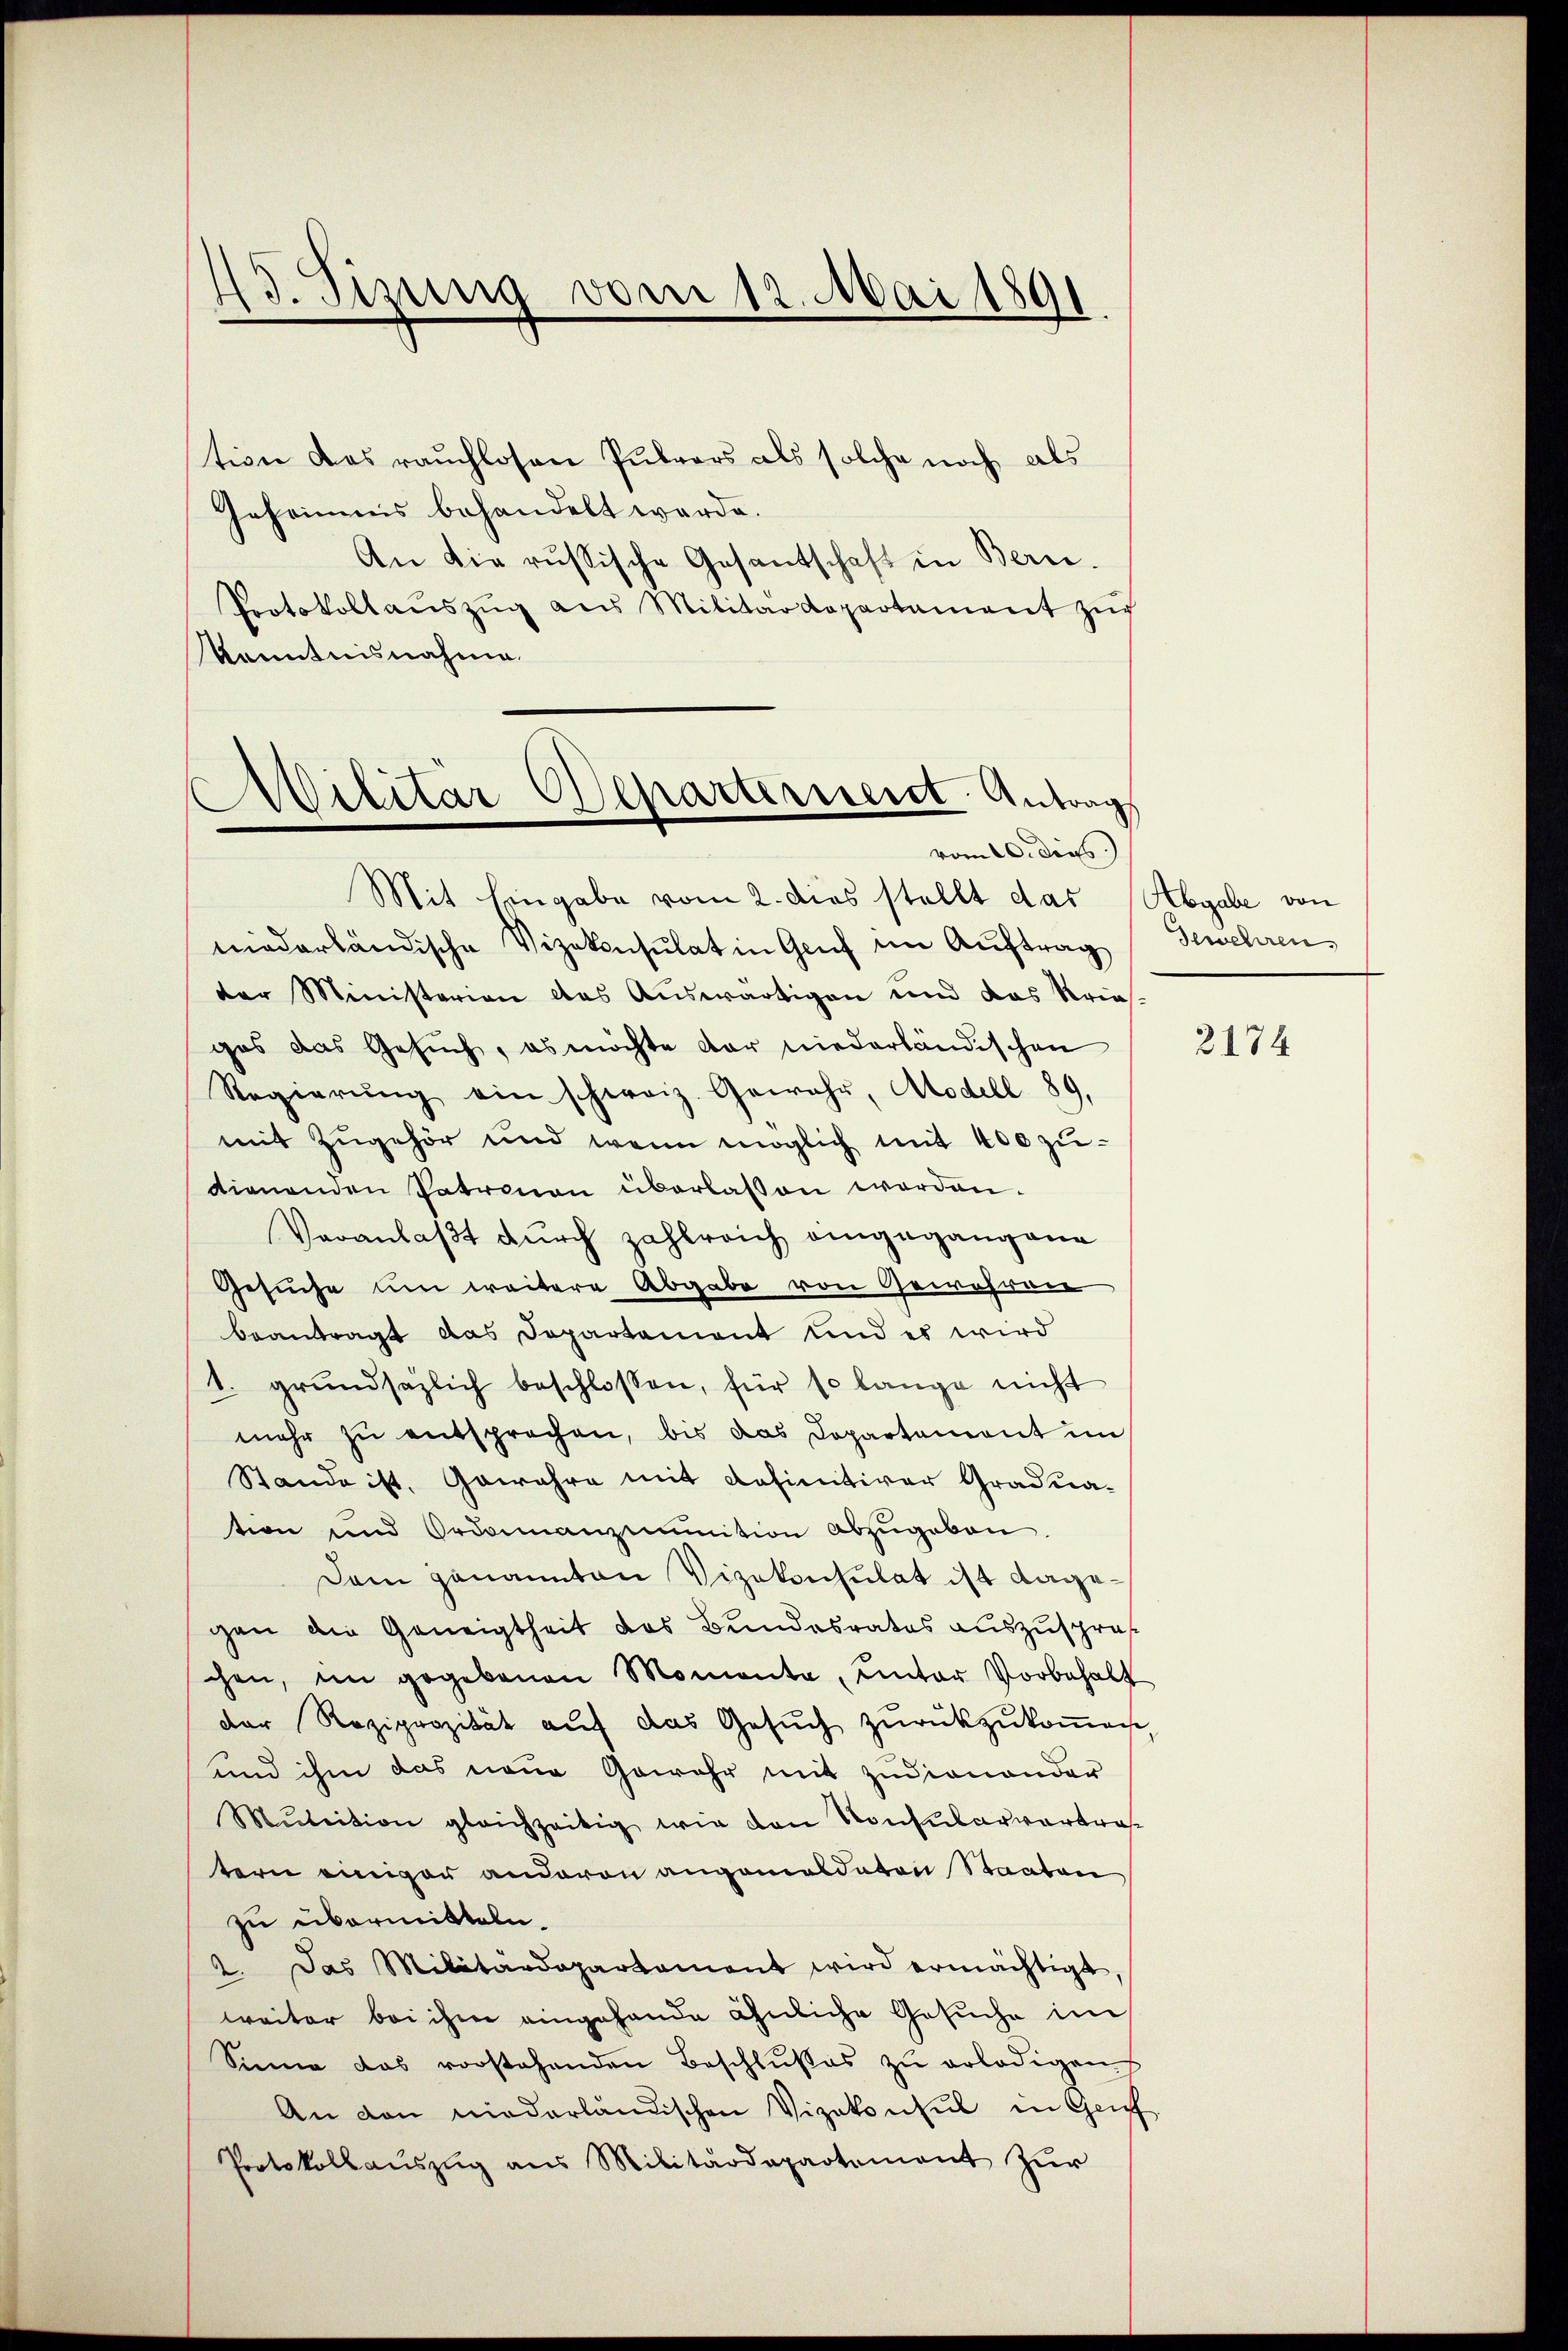
43. Tizung vom 12. Mai 1891

tion das rauchlosen Pubrars als solche noch als
Geheimnis behandelt werde.
An die russische Gesantschaft in Bern.
Protokollaŭszŭg aus Militärdepartament zŭr
Kenntnisnahme

Militär Departernerst Antrag
vom 20. dies

Mit Eingabe vom 2. dies stellt das Abgabe von
niederländische Vizekonsulat in Genf im Auftrag Gewehren
der Ministerien das Auswärtigen und das Krie-
ges das Gesuch, es möchte der niederländischen
Regierŭng ein schweiz. Gewahr, Modell 89
mit Zugehör und wenn möglich mit 400 zudienenden Patronau überlassen worden.
Veranlaßt durch zahlreich eingegangene
Gesuche um weitere Abgabe von Gewähren
beantragt das Departement und es wird
1. grŭndsazlich beschlossen, für so lange nicht
mehr zu entsprochen, bis das Departement im
Stande ist, Gewahre mit definitiver Graduation und Ordonanzinition abzŭgeben.
Dem genannten Vizekonsulat ist dagegen die Geneigtheit des Bundesrates auszuspräs
chen, im gegebenen Momente, unter Vorbehalt
der Reziprozität auf das Gesuch zurückzukommen.
und ihm das neue Gewehr mit zudienander
Mŭtition gleichzeitig wie den Konsularvertratern einiger andavon angemaldaten Staaten
zu übermitteln.
2. Das Militärdepartament wird ermächtigt,
weiter bei ihm eingehende ähnliche Gesuche im
Sinne das vorstehenden Beschlußes zŭ erledigens
An den niederländischen Vizekonsul in Genf
Protokollaŭszŭg aŭs Militärdepartement zŭr

2174